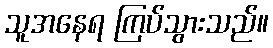
သူအနေရ ကြပ်သွားသည်။